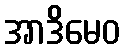
အာဒိမေဝ